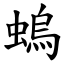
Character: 螐